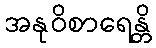
အနုဝိစာရေန္တိ